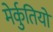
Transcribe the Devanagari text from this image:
मेर्कुतियो